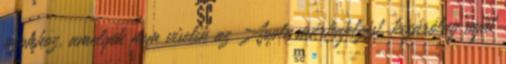
azokhoz, amelyek nem viselik az Apple márkajelzést, kizárólag saját